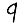
Digit: 9